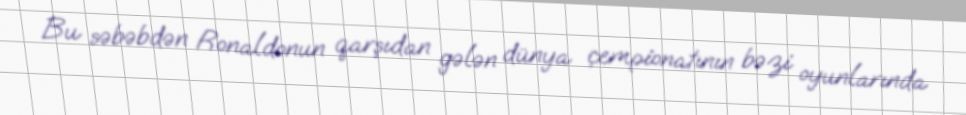
Bu səbəbdən Ronaldonun qarşıdan gələn dünya çempionatının bəzi oyunlarında